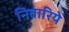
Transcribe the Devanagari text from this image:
निवारिये